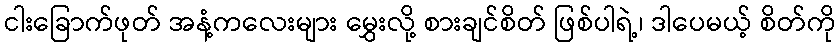
ငါးခြောက်ဖုတ် အနံ့ကလေးများ မွှေးလို့ စားချင်စိတ် ဖြစ်ပါရဲ့၊ ဒါပေမယ့် စိတ်ကို